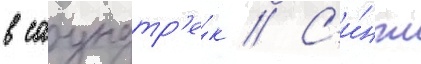
в саундтр'е́к // С'и́нгл